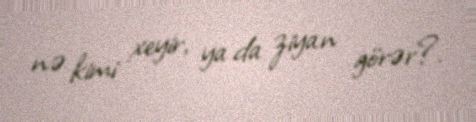
nə kimi xeyir, ya da ziyan görər?.